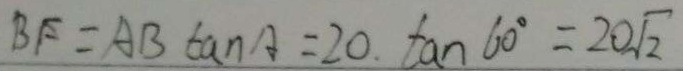
B F = A B \tan A = 2 0 . \tan 6 0 ^ { \circ } = 2 0 \sqrt { 2 }